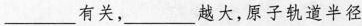
___有关，___越大，原子轨道半径